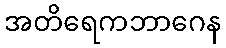
အတိရေကဘာဂေန